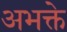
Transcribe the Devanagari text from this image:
अभक्ते